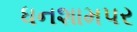
ધનશામપર